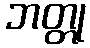
ဘတ္တု